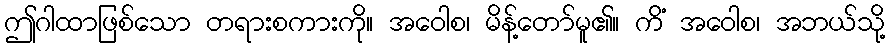
ဤဂါထာဖြစ်သော တရားစကားကို။ အဝေါစ၊ မိန့်တော်မူ၏။ ကိံ အဝေါစ၊ အဘယ်သို့